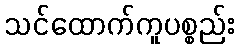
သင်ထောက်ကူပစ္စည်း